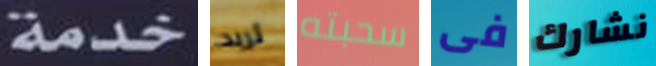
خدمة تريد سحبته فى نشارك